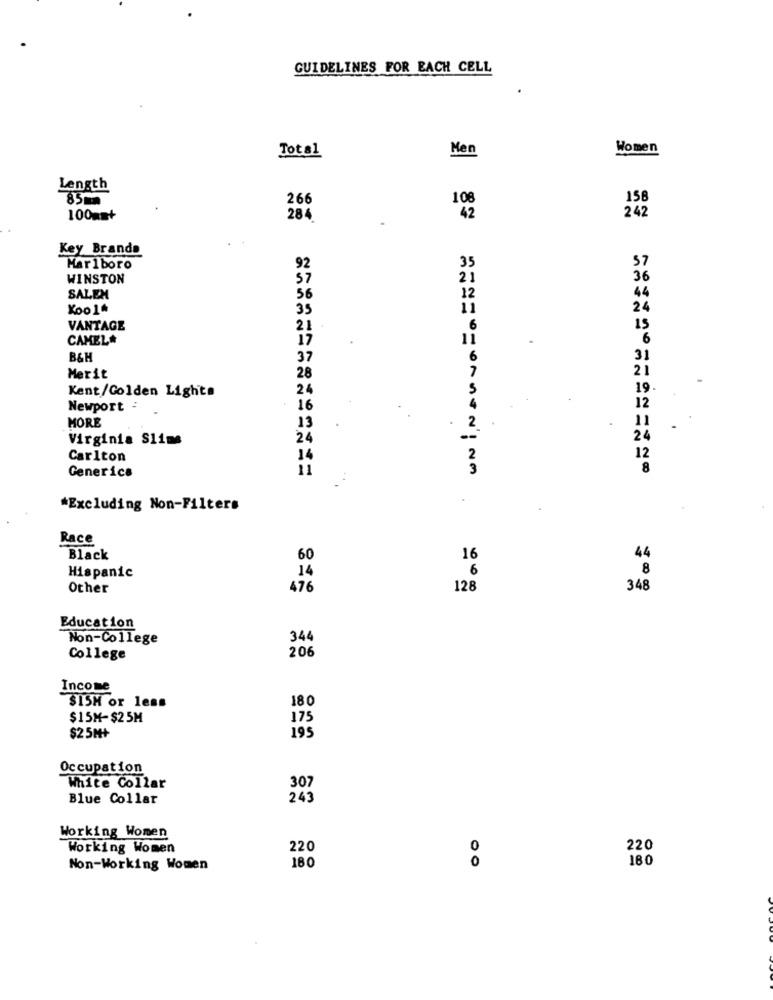
GUIDELINES FOR EACH CELL
Men
Women
Total
Length
85m
266
108
158
100mm+
284
42
242
Key Brands
35
57
Marlboro
92
WINSTON
57
21
36
44
SALEN
56
12
Koo 14
35
24
VANTAGE
21
6
15
CAMEL#
17
11
6
B&H
37
31
21
Merit
28
Kent/Golden Lights
24
19
Newport :
16
12
MORE
11
13
Virginia Slims
24
24
Carlton
14
12
Generica
8
*Excluding Non-Filters
Race
Black
60
16
44
Hispanic
14
6
8
Other
476
128
348
Education
Non-College
344
College
206
Income
18 0
$15H or less
$15M-$25M
175
195
$25M+
Occupation
White Collar
307
Blue Collar
243
Working Women
Working Women
220
0
220
180
0
180
Non-Working Women